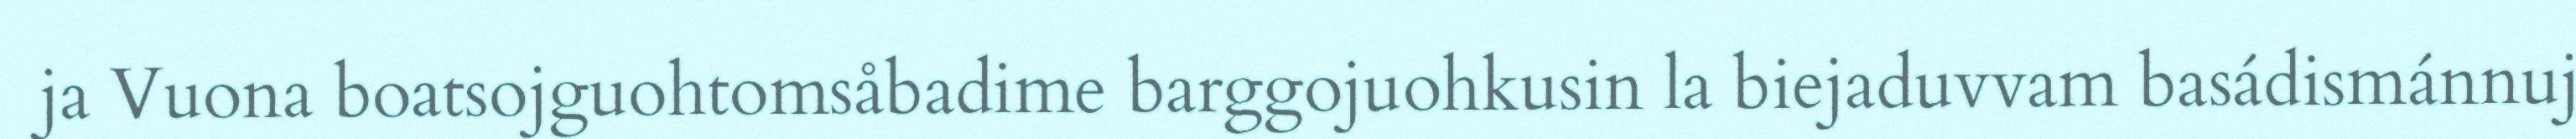
ja Vuona boatsojguohtomsåbadime barggojuohkusin la biejaduvvam basádismánnuj